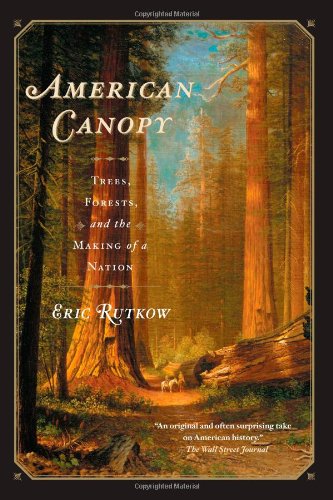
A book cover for American Canopy: Trees, Forests, and the Making of a Nation; Eric Rutkow; Science & Math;